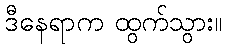
ဒီနေရာက ထွက်သွား။